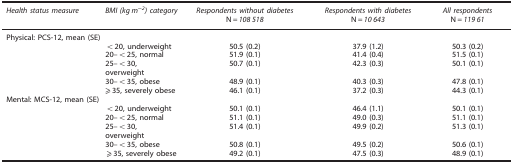
<table><thead><tr><td><b><i>Health status measure</i></b></td><td><b><i>BMI (kg m<sup>−</sup></i><sup><i>2</i></sup><i>) category</i></b></td><td><b><i>Respondents without diabetes</i> N=<i>108 518</i></b></td><td><b><i>Respondents with diabetes</i> N=<i>10 643</i></b></td><td><b><i>All respondents</i> N=<i>119 </i><i>61</i></b></td></tr></thead><tbody><tr><td>Physical: PCS-12, mean (SE)</td><td> </td><td> </td><td> </td><td> </td></tr><tr><td> </td><td>&lt;20, underweight</td><td>50.5 (0.2)</td><td>37.9 (1.2)</td><td>50.3 (0.2)</td></tr><tr><td> </td><td>20–&lt;25, normal</td><td>51.9 (0.1)</td><td>41.4 (0.4)</td><td>51.5 (0.1)</td></tr><tr><td> </td><td>25–&lt;30, overweight</td><td>50.7 (0.1)</td><td>42.3 (0.3)</td><td>50.1 (0.1)</td></tr><tr><td> </td><td>30–&lt;35, obese</td><td>48.9 (0.1)</td><td>40.3 (0.3)</td><td>47.8 (0.1)</td></tr><tr><td> </td><td>⩾35, severely obese</td><td>46.1 (0.1)</td><td>37.2 (0.3)</td><td>44.3 (0.1)</td></tr><tr><td>Mental: MCS-12, mean (SE)</td><td> </td><td> </td><td> </td><td> </td></tr><tr><td> </td><td>&lt;20, underweight</td><td>50.1 (0.1)</td><td>46.4 (1.1)</td><td>50.1 (0.1)</td></tr><tr><td> </td><td>20–&lt;25, normal</td><td>51.1 (0.1)</td><td>49.0 (0.3)</td><td>51.1 (0.1)</td></tr><tr><td> </td><td>25–&lt;30, overweight</td><td>51.4 (0.1)</td><td>49.9 (0.2)</td><td>51.3 (0.1)</td></tr><tr><td> </td><td>30–&lt;35, obese</td><td>50.8 (0.1)</td><td>49.5 (0.2)</td><td>50.6 (0.1)</td></tr><tr><td> </td><td>⩾35, severely obese</td><td>49.2 (0.1)</td><td>47.5 (0.3)</td><td>48.9 (0.1)</td></tr></tbody></table>